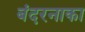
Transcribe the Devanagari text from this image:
बंदरनाका